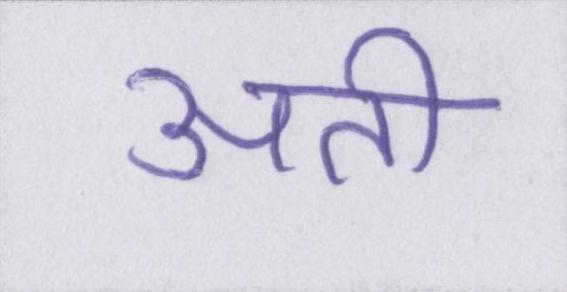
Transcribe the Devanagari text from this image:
अती